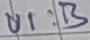
Text: UI:B